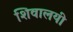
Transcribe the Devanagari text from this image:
शिवालयी